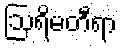
ဩရိမတီရာ